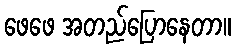
ဖေဖေ အတည်ပြောနေတာ။